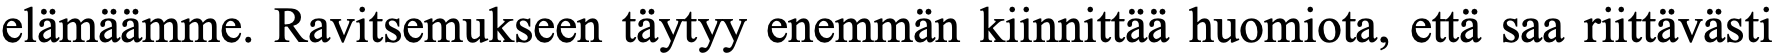
elämäämme. Ravitsemukseen täytyy enemmän kiinnittää huomiota, että saa riittävästi